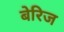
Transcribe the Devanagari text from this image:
बेरिज